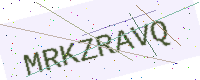
Text: MRKZRAVQ